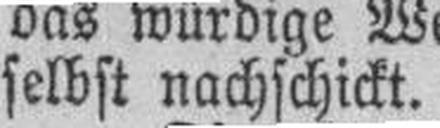
selbst nachschickt.